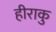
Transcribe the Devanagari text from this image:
हीराकु